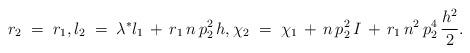
LaTeX: \begin{align*} r_2 \; = \; r_1, l_2\; = \; \lambda^* l_1 \, + \, r_1 \, n \, p_2^2 \, h, \chi_2 \; = \; \chi_1 \, + \, n \, p_2^2 \, I \, + \,r_1 \, n^2 \, p_2^4 \, \frac{h^2}{2}. \end{align*}